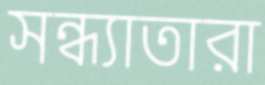
সন্ধ্যাতারা